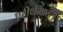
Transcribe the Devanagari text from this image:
एरीथेमाटस